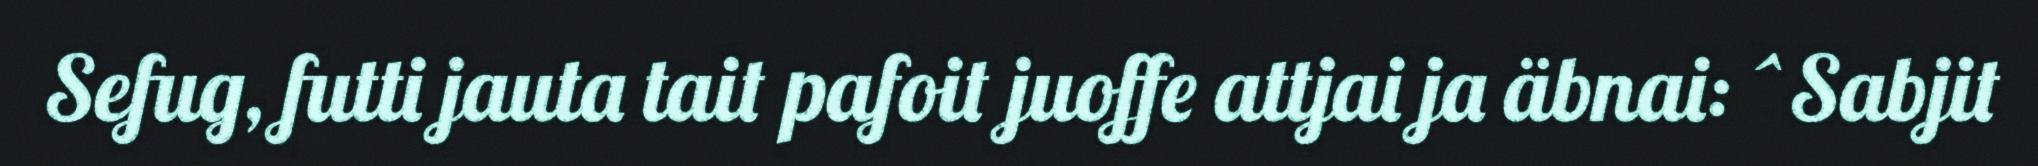
Sefug, futti jauta tait pafoit juoffe attjai ja äbnai: ^Sabjit